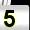
Digit: 5